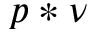
p \ast \nu